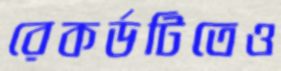
রেকর্ডটিতেও